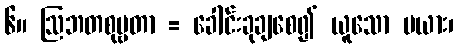
၆။ ဩဘတစုမ္ဗတာ = ခေါင်းခုချစေ၍ ယူသော မယား၊